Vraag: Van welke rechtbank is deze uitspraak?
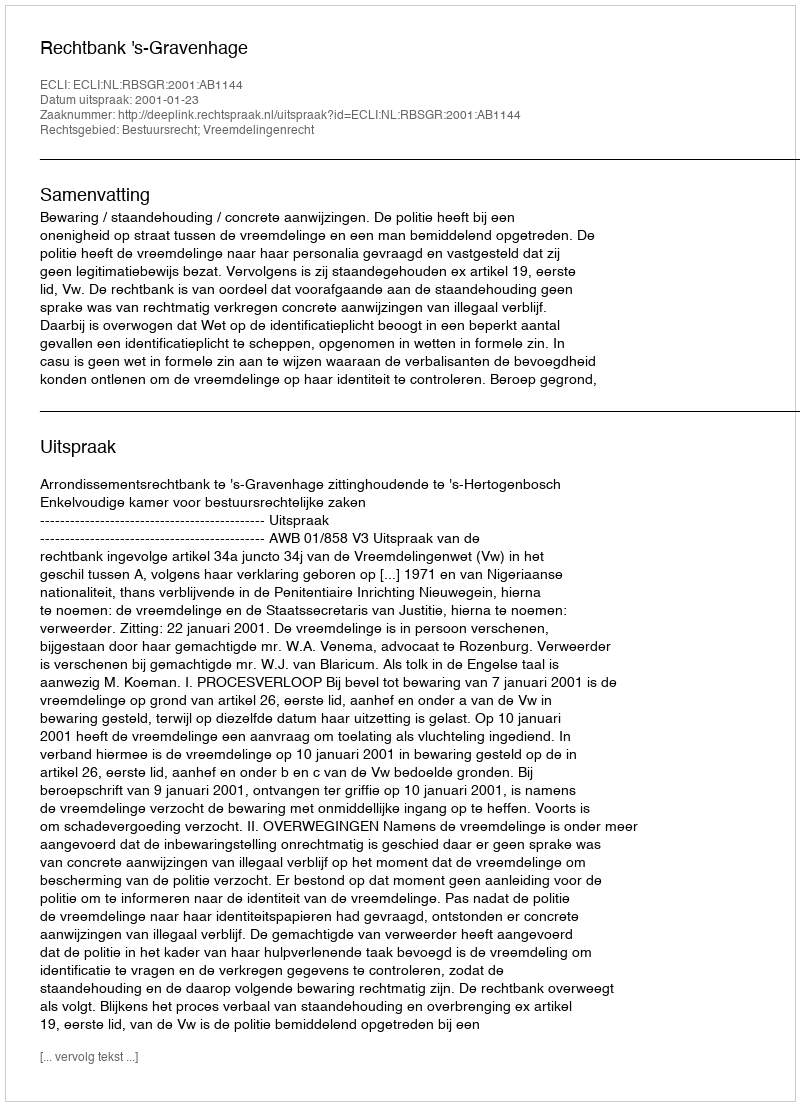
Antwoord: Rechtbank 's-Gravenhage